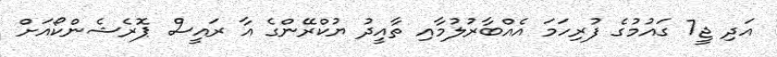
އަދި ޖީ7 ގައުމުގެ ފުރިހަމަ އެއްބާރުލުމާއި ތާއީދު ޔުކްރޭންގެ އާ ރައީސް ޕޮރެޝެންކޯއަށް